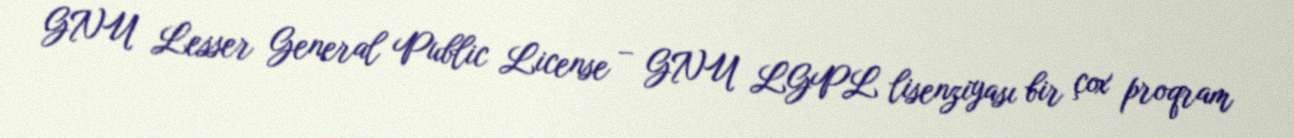
GNU Lesser General Public License – GNU LGPL lisenziyası bir çox proqram